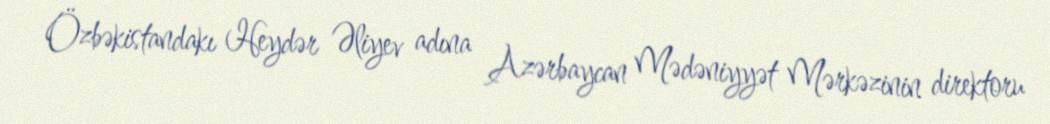
Özbəkistandakı Heydər Əliyev adına Azərbaycan Mədəniyyət Mərkəzinin direktoru